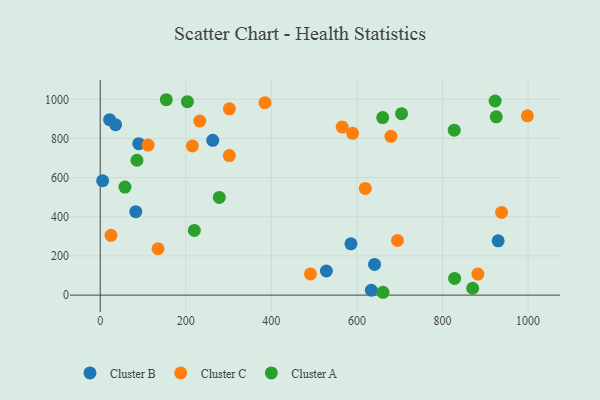
{"axis": {"x": "Speed", "y": "Fuel Efficiency"}, "legend": ["Cluster A", "Cluster B", "Cluster C"], "data": [{"x": "263.0", "y": 790.5, "type": "Cluster B"}, {"x": "586.0", "y": 261.7, "type": "Cluster B"}, {"x": "90.1", "y": 773.3, "type": "Cluster B"}, {"x": "5.6", "y": 584.1, "type": "Cluster B"}, {"x": "930.1", "y": 277.4, "type": "Cluster B"}, {"x": "633.7", "y": 24.9, "type": "Cluster B"}, {"x": "528.6", "y": 123.1, "type": "Cluster B"}, {"x": "641.2", "y": 156.9, "type": "Cluster B"}, {"x": "83.1", "y": 426.0, "type": "Cluster B"}, {"x": "21.9", "y": 895.9, "type": "Cluster B"}, {"x": "35.8", "y": 870.4, "type": "Cluster B"}, {"x": "232.7", "y": 889.1, "type": "Cluster C"}, {"x": "135.1", "y": 236.9, "type": "Cluster C"}, {"x": "938.1", "y": 422.2, "type": "Cluster C"}, {"x": "589.9", "y": 826.4, "type": "Cluster C"}, {"x": "384.9", "y": 982.7, "type": "Cluster C"}, {"x": "565.6", "y": 858.2, "type": "Cluster C"}, {"x": "491.3", "y": 108.1, "type": "Cluster C"}, {"x": "112.0", "y": 766.5, "type": "Cluster C"}, {"x": "882.7", "y": 107.7, "type": "Cluster C"}, {"x": "998.4", "y": 915.8, "type": "Cluster C"}, {"x": "694.8", "y": 279.0, "type": "Cluster C"}, {"x": "25.2", "y": 305.6, "type": "Cluster C"}, {"x": "215.4", "y": 761.9, "type": "Cluster C"}, {"x": "301.8", "y": 712.5, "type": "Cluster C"}, {"x": "619.5", "y": 545.0, "type": "Cluster C"}, {"x": "301.9", "y": 951.6, "type": "Cluster C"}, {"x": "679.4", "y": 810.8, "type": "Cluster C"}, {"x": "828.3", "y": 85.0, "type": "Cluster A"}, {"x": "203.8", "y": 987.8, "type": "Cluster A"}, {"x": "704.3", "y": 926.9, "type": "Cluster A"}, {"x": "57.8", "y": 551.7, "type": "Cluster A"}, {"x": "660.3", "y": 906.7, "type": "Cluster A"}, {"x": "85.8", "y": 688.7, "type": "Cluster A"}, {"x": "827.5", "y": 842.6, "type": "Cluster A"}, {"x": "219.9", "y": 330.4, "type": "Cluster A"}, {"x": "278.3", "y": 499.0, "type": "Cluster A"}, {"x": "925.6", "y": 910.7, "type": "Cluster A"}, {"x": "923.0", "y": 991.5, "type": "Cluster A"}, {"x": "661.0", "y": 14.5, "type": "Cluster A"}, {"x": "154.4", "y": 997.9, "type": "Cluster A"}, {"x": "870.5", "y": 35.0, "type": "Cluster A"}]}